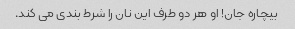
بیچاره جان! او هر دو طرف این نان را شرط بندی می کند.